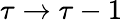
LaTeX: \tau\to\tau-1